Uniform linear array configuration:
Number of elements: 64
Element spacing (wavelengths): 0.25
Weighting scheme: hamming
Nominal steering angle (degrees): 15
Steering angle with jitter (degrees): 16.641
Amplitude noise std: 0.05
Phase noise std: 0.05

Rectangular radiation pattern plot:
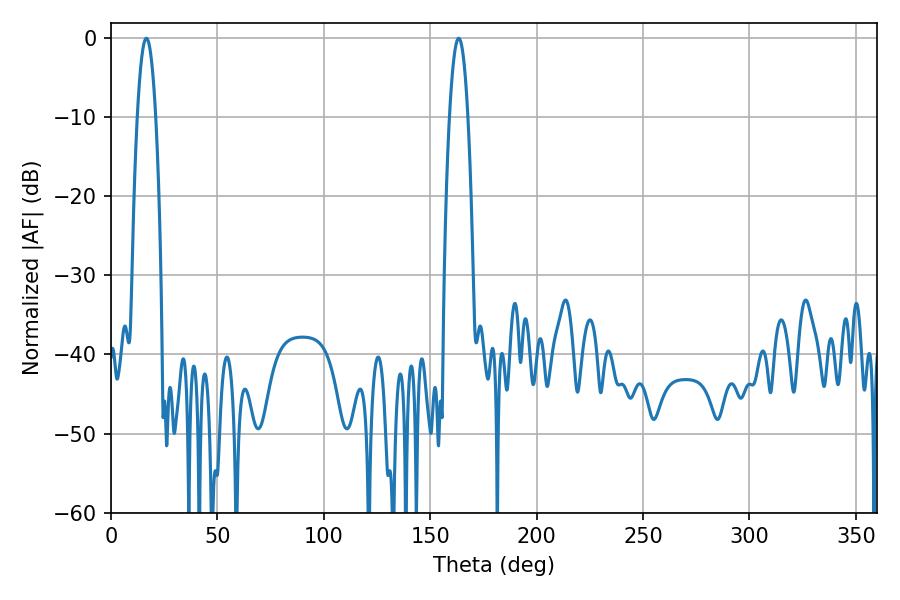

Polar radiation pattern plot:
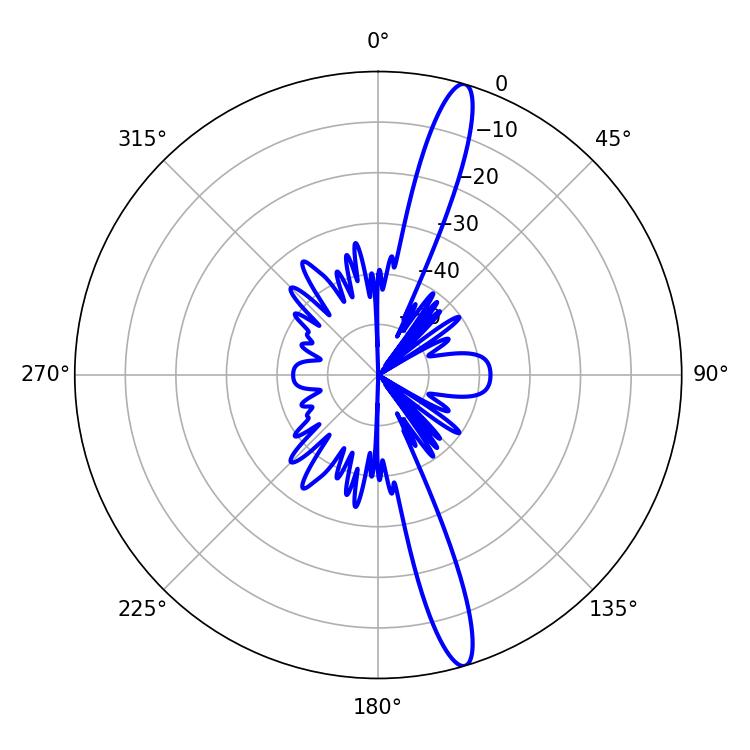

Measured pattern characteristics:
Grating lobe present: FALSE
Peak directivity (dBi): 15.891
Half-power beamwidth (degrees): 4.86
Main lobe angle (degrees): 16.56